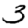
Digit: 3